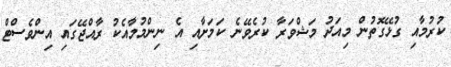
ކުރުމާއި ގުޅޭގޮތުން މިއަދު މަޝްވަރާ ކުރެވޭނެ ކަމަށާއި އެ ނިންމުމާއެކު ރާއްޖޭގައި އިންވެސްޓް